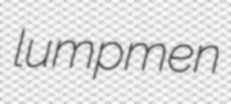
lumpmen